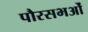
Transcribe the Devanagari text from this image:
पौरसभओं